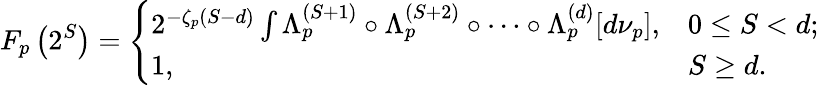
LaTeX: F_{p}\left(2^{S}\right)=\left\{ \begin{array}{ll}{2^{-\zeta_{p}(S-d)}\int\Lambda_{p}^{(S+1)}\circ\Lambda_{p}^{(S+2)}\circ\cdots\circ\Lambda_{p}^{(d)}[d\nu_{p}],}&{0\le S<d;}\\ {1,}&{S\ge d.}\end{array}\right.